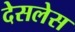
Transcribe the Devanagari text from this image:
देसलेस